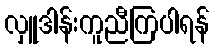
လှူဒါန်းကူညီကြပါရန်